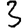
Digit: 3